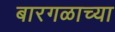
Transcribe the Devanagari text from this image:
बारगळाच्या